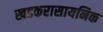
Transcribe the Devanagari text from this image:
खडकरासायनिक